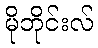
မိုဘိုင်းလ်